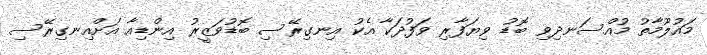
މައުލޫމާތު މުއްސަނދިވި ބޮޑު ވިޔަފާރި ވަފުދަކާ އެކު އިނގިރޭސި ބޮޑުވަޒީރު އިންޑިއާ އަށްއިނގިރޭސި